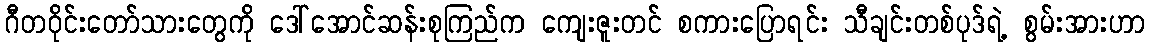
ဂီတဝိုင်းတော်သားတွေကို ဒေါ်အောင်ဆန်းစုကြည်က ကျေးဇူးတင် စကားပြောရင်း သီချင်းတစ်ပုဒ်ရဲ့ စွမ်းအားဟာ